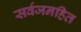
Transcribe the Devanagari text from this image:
सर्वजनहित